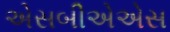
એસબીએએસ